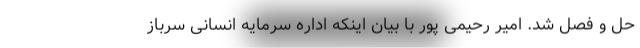
حل و فصل شد. امیر رحیمی پور با بیان اینکه اداره سرمایه انسانی سرباز